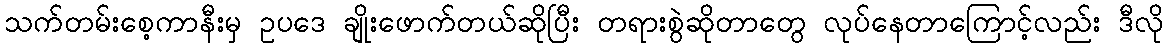
သက်တမ်းစေ့ကာနီးမှ ဥပဒေ ချိုးဖောက်တယ်ဆိုပြီး တရားစွဲဆိုတာတွေ လုပ်နေတာကြောင့်လည်း ဒီလို